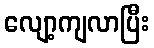
လျော့ကျလာပြီး